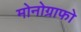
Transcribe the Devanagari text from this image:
मोनोग्राफो